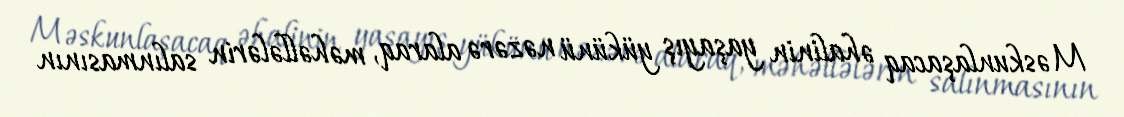
Məskunlaşacaq əhalinin yaşayış yükünü nəzərə alaraq, məhəllələrin salınmasının